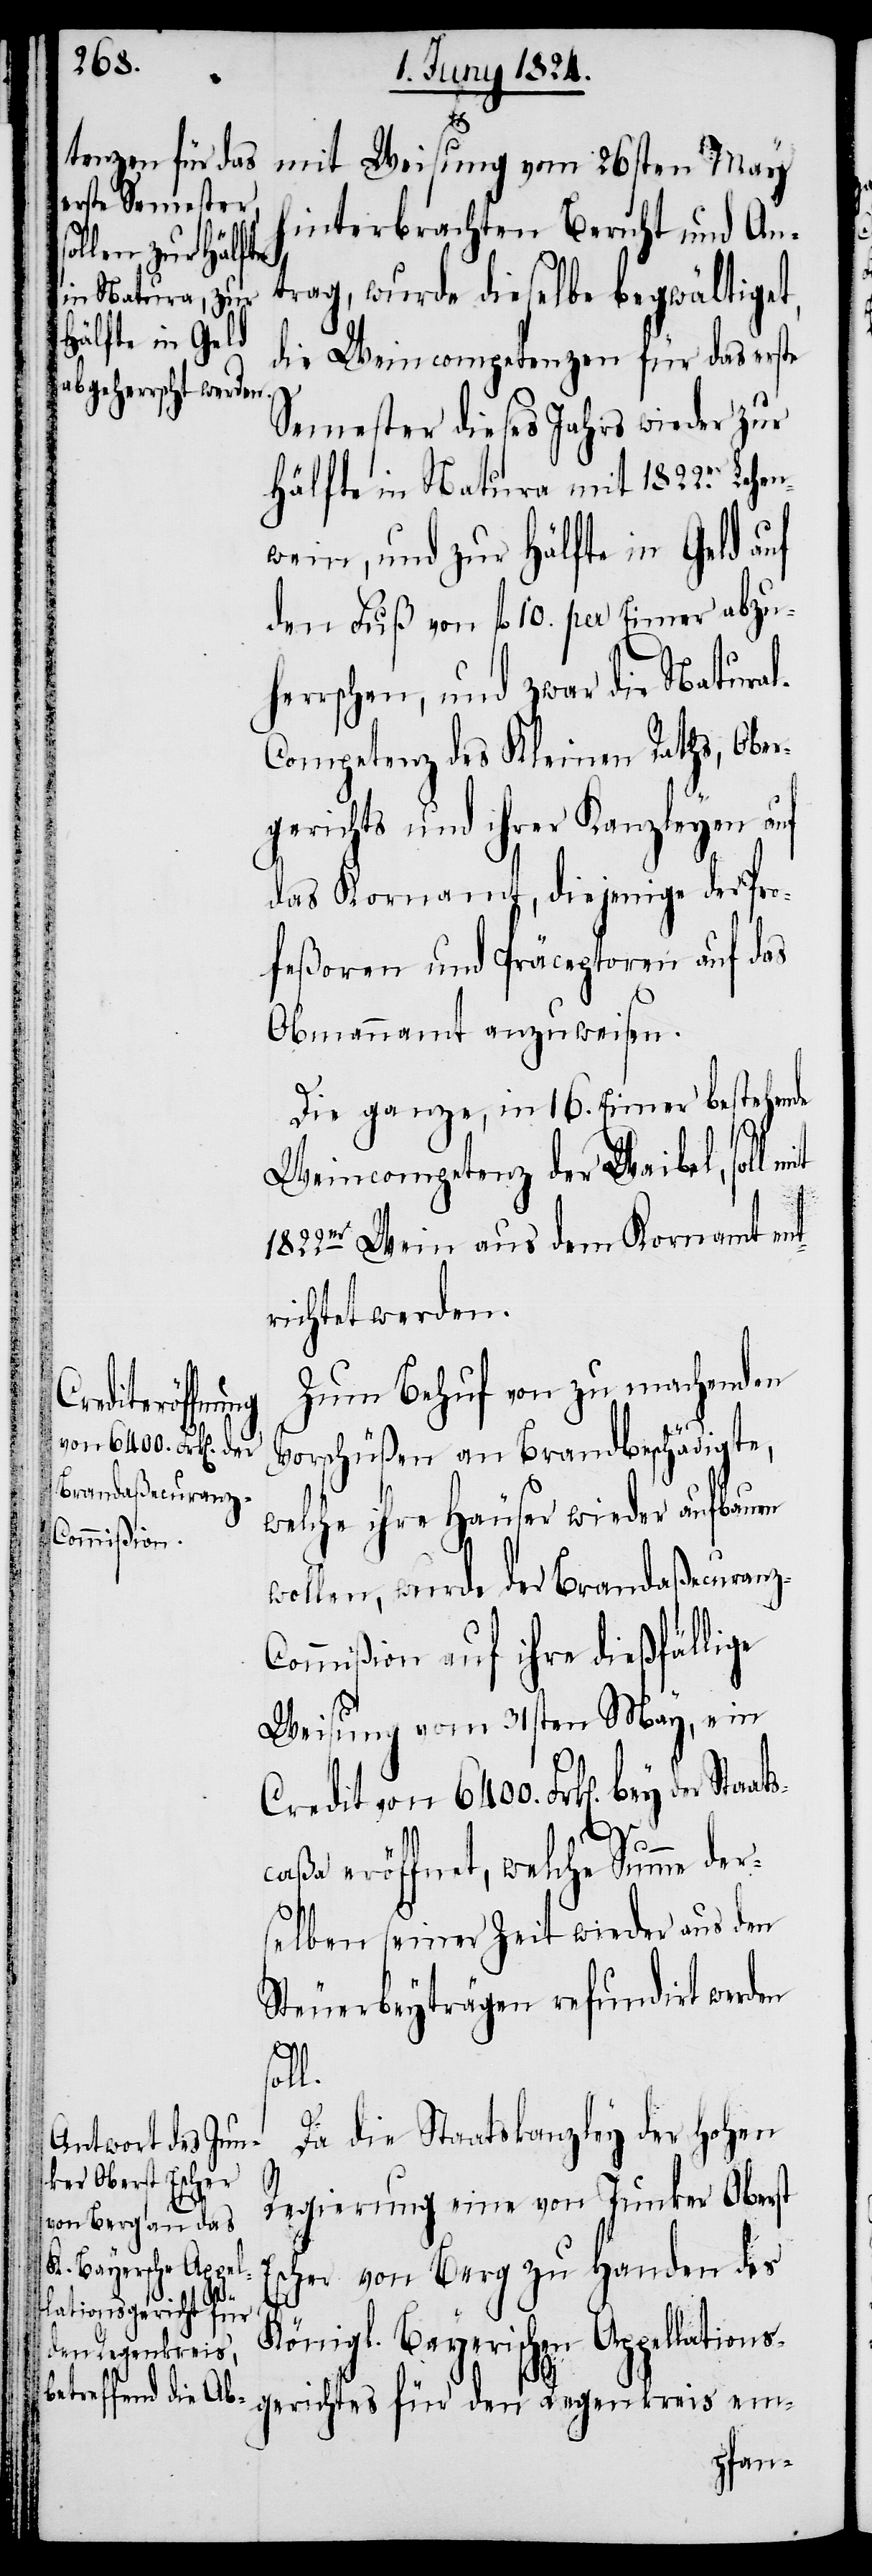
terbrachten Bericht und An¬
gerichtes
trag, wurde dieselbe begwältiget,
die Weincompetenzen für das erste
Semester dieses Jahrs wieder zur
Hälfte in Natura mit 1822.er
wein, und zur Hälfte in Geld auf
den Fuß von fl. 10. per Eimer abzuh¬
errschen, und zwar die Natural¬
competenz des Kleinen Raths, Ober¬
gerichts und ihrer Kanzleyen auf
das Kornamt, diejenige der Pro¬
feßoren und Präceptoren auf das
Obmannamt anzuweisen.
Die ganze, in 16. Eimer bestehende
Weincompetenz der Waibel, soll
1822.er Wein aus dem Kornamt ent¬
richtet werden.
Zum Behuf von zu machenden
Vorschüßen an Brandbeschädigte,
welche ihre Häuser wieder aufbauen
wollen, wurde der Brandaßecuranz-C¬
ommißion auf ihre dießfällige
Weisung vom 31sten May, ein
Credit von 6400. Frk[en]. bey
caßa eröffnet, welche Summe de¬
rselben seiner Zeit wieder aus den
Steuerbeyträgen refundirt werden
sol¬
l.
Da die Staatskanzley der hohen
Regierung eine von Junker Oberst
Escher von Berg zu Handen des
Königl. Bayerischen Appellations¬
den Regenkreis
Lehen¬